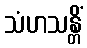
သံဟသန္တိံ